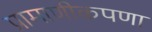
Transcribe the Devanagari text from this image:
प्रामाणीकपणा